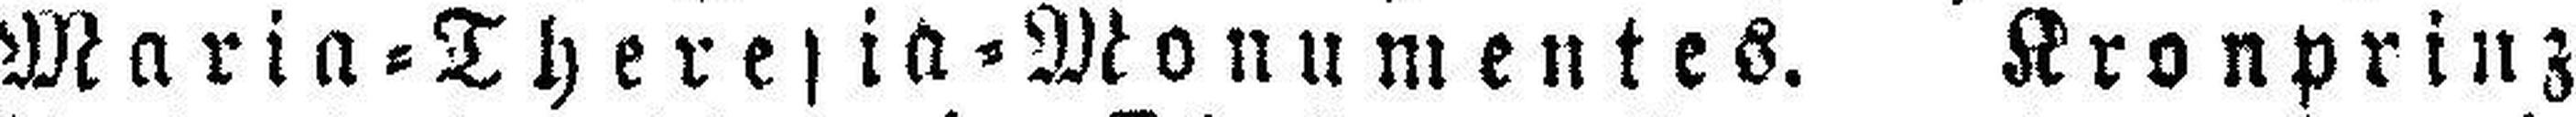
Maria=Theresia=Monumentes. Kronprinz